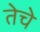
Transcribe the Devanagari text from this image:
तेचे